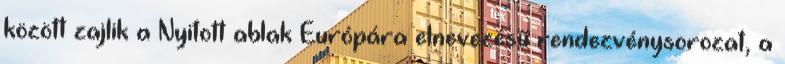
között zajlik a Nyitott ablak Európára elnevezésű rendezvénysorozat, a